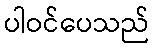
ပါဝင်ပေသည်